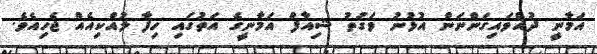
އަމާނީ ދުއްވައިގަންނަން އުޅުނު ވަގުތު ޝިއާފް އަމާނީގެ އަތުގައި ހިފާ ލުއްކިއެއް ޖެހިއެވެ.